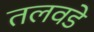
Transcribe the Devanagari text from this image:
तलवडे